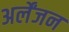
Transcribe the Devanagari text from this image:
अर्लेंजन